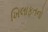
ખિલાફતનો